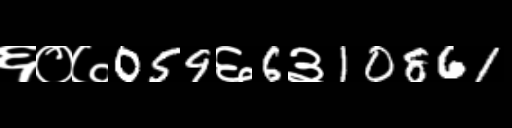
Text: ६०७059६6३10861